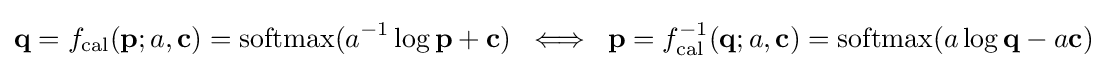
\mathbf {q} =f_{\text{cal}}(\mathbf {p} ;a,\mathbf {c} )=\operatorname {softmax} (a^{-1}\log \mathbf {p} +\mathbf {c} )\;\iff \;\mathbf {p} =f_{\text{cal}}^{-1}(\mathbf {q} ;a,\mathbf {c} )=\operatorname {softmax} (a\log \mathbf {q} -a\mathbf {c} )